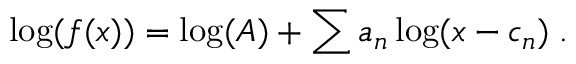
\log ( f ( x ) ) = \log ( A ) + \sum a _ { n } \log ( x - c _ { n } ) \; .